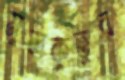
মুলকুতুর